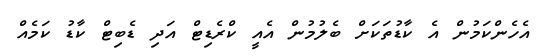
އެހެންކަމުން އެ ކާޑުތަކަށް ބެލުމުން އެއީ ކްރެޑިޓް އަދި ޑެބިޓް ކާޑު ކަމެއް